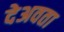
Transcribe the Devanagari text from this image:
देअवता